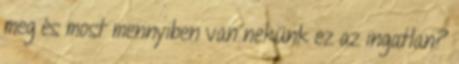
meg és most mennyiben van nekünk ez az ingatlan?